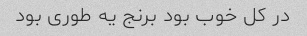
در کل خوب بود برنج یه طوری بود